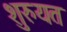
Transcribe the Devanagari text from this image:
शुरुयत